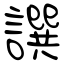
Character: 譔